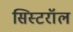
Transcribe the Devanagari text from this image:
सिस्टरॉल